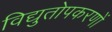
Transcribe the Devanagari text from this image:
विद्युतोपकरणों